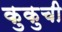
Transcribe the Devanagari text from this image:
कुकुची